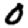
Digit: 0